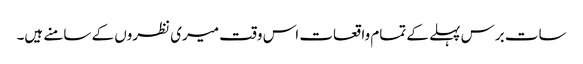
سات برس پہلے کے تمام واقعات اس وقت میری نظروں کے سامنے ہیں۔